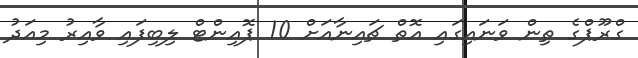
ގްރޫޕްގެ ތިން ވަނައިގައި އޮތް ޗައިނާއަށް 10 ޕޮއިންޓް ލިބިފައި ވާއިރު މިއަދު